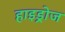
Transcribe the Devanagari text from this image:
हाइड्रोज